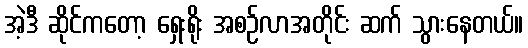
အဲ့ဒီ ဆိုင်ကတော့ ရှေးရိုး အစဉ်လာအတိုင်း ဆက် သွားနေတယ်။